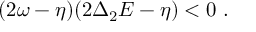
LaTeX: ( 2 \omega - \eta ) ( 2 \Delta _ { 2 } E - \eta ) < 0 \ .